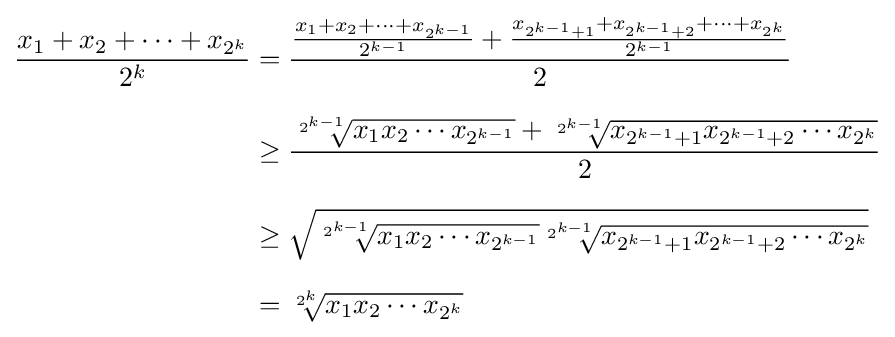
{\begin{aligned}{\frac {x_{1}+x_{2}+\cdots +x_{2^{k}}}{2^{k}}}&{}={\frac {{\frac {x_{1}+x_{2}+\cdots +x_{2^{k-1}}}{2^{k-1}}}+{\frac {x_{2^{k-1}+1}+x_{2^{k-1}+2}+\cdots +x_{2^{k}}}{2^{k-1}}}}{2}}\\[7pt]&\geq {\frac {{\sqrt[{2^{k-1}}]{x_{1}x_{2}\cdots x_{2^{k-1}}}}+{\sqrt[{2^{k-1}}]{x_{2^{k-1}+1}x_{2^{k-1}+2}\cdots x_{2^{k}}}}}{2}}\\[7pt]&\geq {\sqrt {{\sqrt[{2^{k-1}}]{x_{1}x_{2}\cdots x_{2^{k-1}}}}{\sqrt[{2^{k-1}}]{x_{2^{k-1}+1}x_{2^{k-1}+2}\cdots x_{2^{k}}}}}}\\[7pt]&={\sqrt[{2^{k}}]{x_{1}x_{2}\cdots x_{2^{k}}}}\end{aligned}}